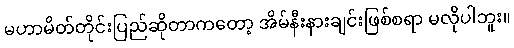
မဟာမိတ်တိုင်းပြည်ဆိုတာကတော့ အိမ်နီးနားချင်းဖြစ်စရာ မလိုပါဘူး။